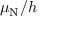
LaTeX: \mu _ { \mathrm { { N } } } / h